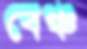
বেঞ্চ